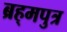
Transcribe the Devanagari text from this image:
ब्रह्‌मपुत्र